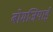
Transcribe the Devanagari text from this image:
बोमजियाई